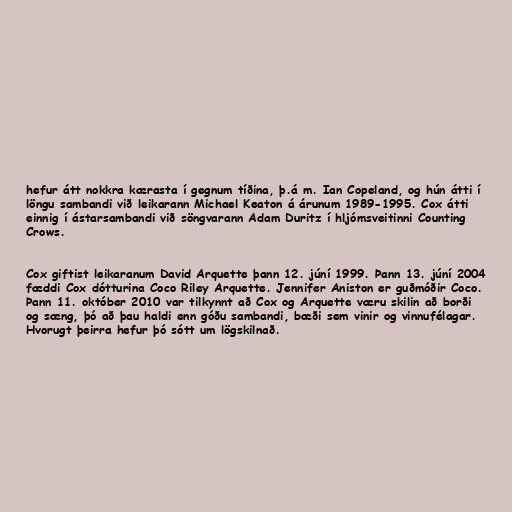
hefur átt nokkra kærasta í gegnum tíðina, þ.á m. Ian Copeland, og hún átti í
löngu sambandi við leikarann Michael Keaton á árunum 1989-1995. Cox átti
einnig í ástarsambandi við söngvarann Adam Duritz í hljómsveitinni Counting
Crows.

Cox giftist leikaranum David Arquette þann 12. júní 1999. Þann 13. júní 2004
fæddi Cox dótturina Coco Riley Arquette. Jennifer Aniston er guðmóðir Coco.
Þann 11. október 2010 var tilkynnt að Cox og Arquette væru skilin að borði
og sæng, þó að þau haldi enn góðu sambandi, bæði sem vinir og vinnufélagar.
Hvorugt þeirra hefur þó sótt um lögskilnað.